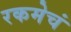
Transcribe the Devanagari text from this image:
रकमेचं